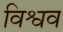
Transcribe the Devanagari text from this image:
विश्वव